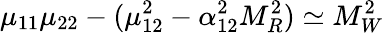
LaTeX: \mu_{11}\mu_{22}-(\mu_{12}^{2}-\alpha_{12}^{2}M_{R}^{2})\simeq M_{W}^{2}